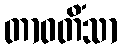
တာဝတိံသာ